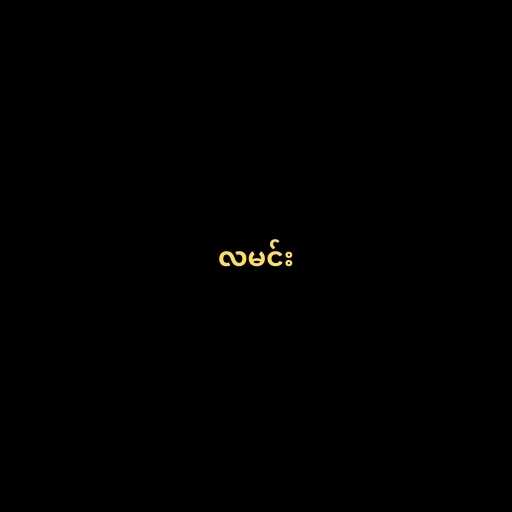
လမင်း